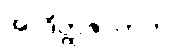
အာဒိတ္ထဇာတက။